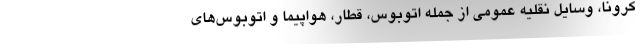
کرونا، وسایل نقلیه عمومی از جمله اتوبوس، قطار، هواپیما و اتوبوس‌های